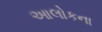
આલોકના